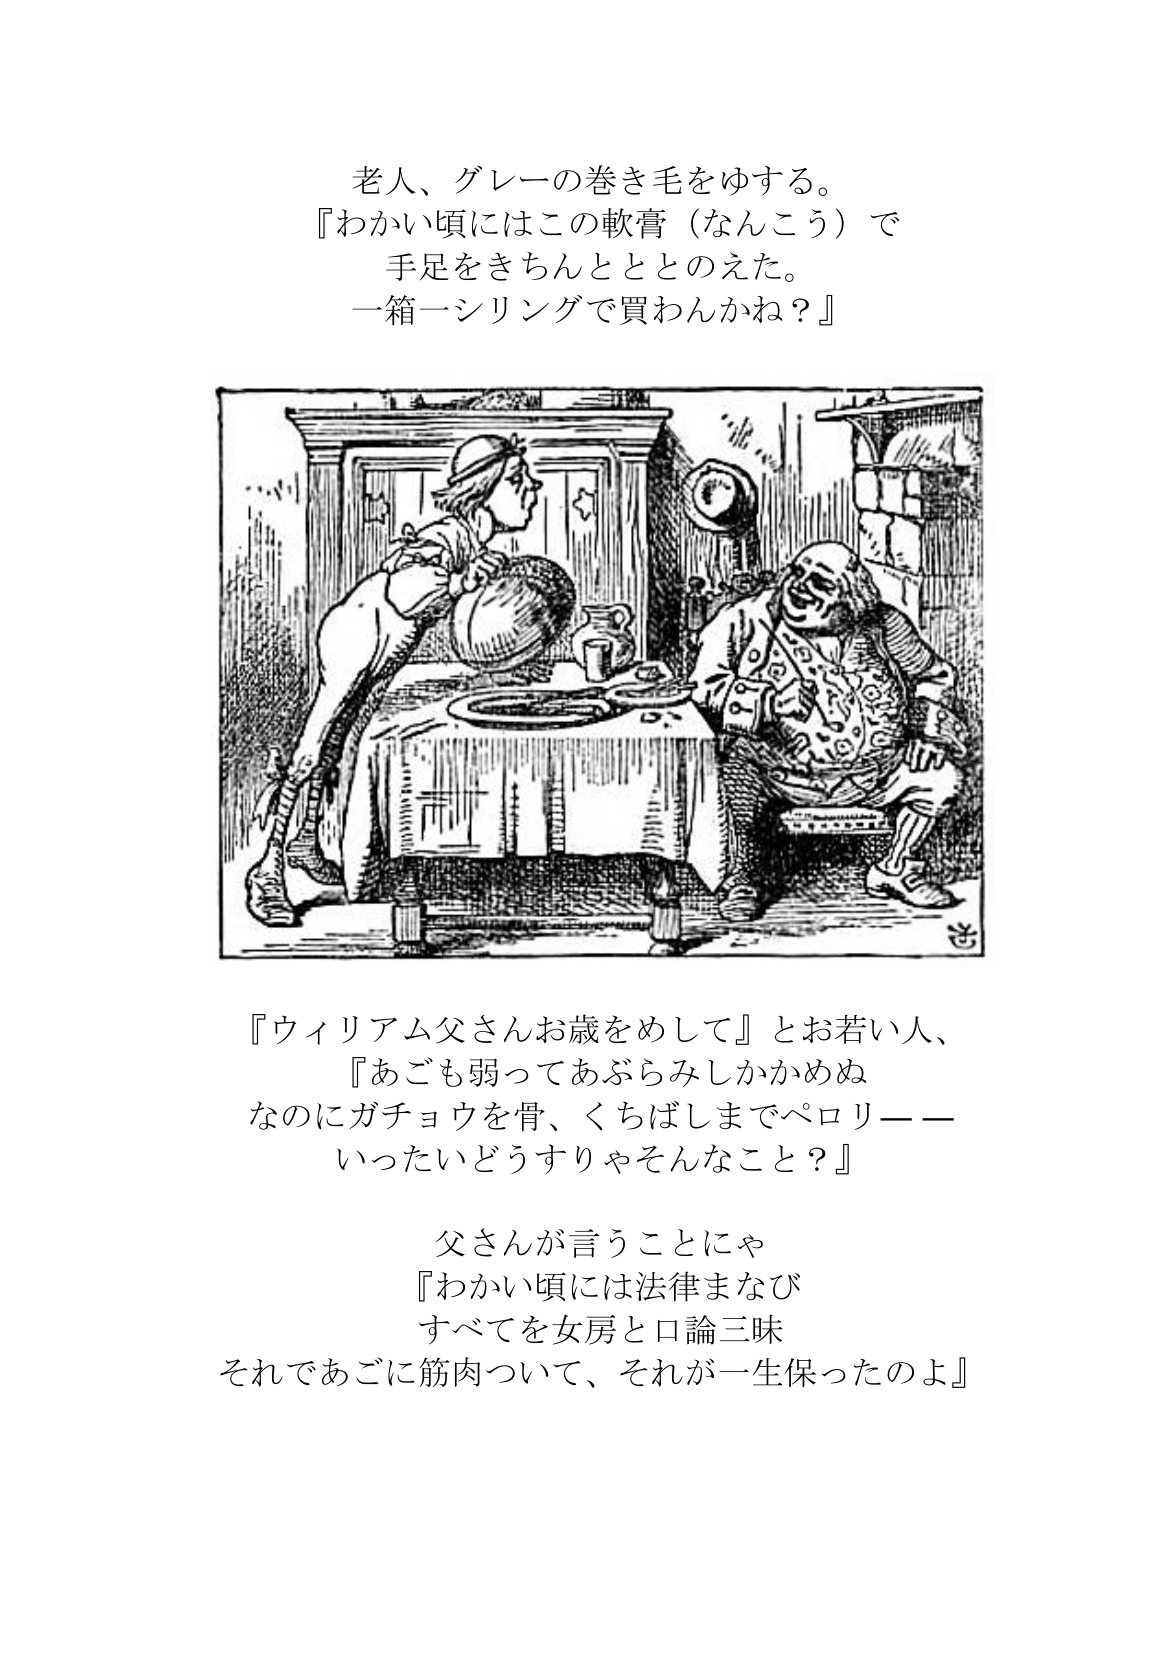
Language: ja